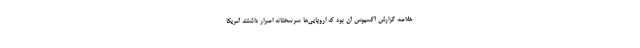
خلاصه گزارش آکسیوس آن بود که اروپایی‌ها سرسختانه اصرار داشتند آمریکا